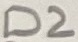
Text: D2